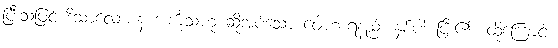
ပြီးသဖြင့် ဒိသာလောစန အင်္ကုသဟု ဆိုအပ်သော ဝေါဟာရနည်း နှစ်ပါး ပြီး၏။ ထိုကြောင့်